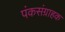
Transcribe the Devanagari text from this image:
पंकसंग्राहक